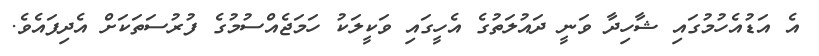
އެ އަޑުއެހުމުގައި ޝާހިދާ ވަނީ ދައުލަތުގެ އެހީގައި ވަކީލަކު ހަމަޖެއްސުމުގެ ފުރުސަތަކަށް އެދިފައެވެ.